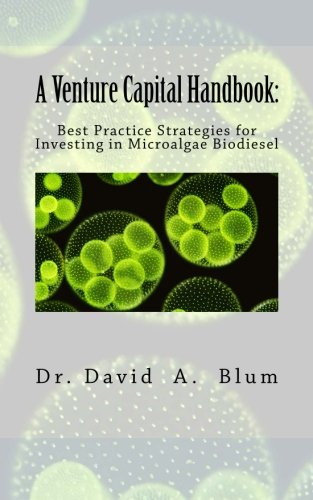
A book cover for A Venture Capital Handbook:: Best Practice Strategies for Investing in Microalgae Biodiesel; David A. Blum DBA; Business & Money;